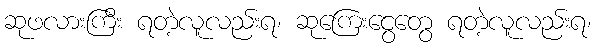
ဆုဖလားကြီး ရတဲ့လူလည်းရ၊ ဆုကြေးငွေတွေ ရတဲ့လူလည်းရ၊